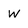
Character: w